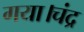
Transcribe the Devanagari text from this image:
गया।चंद्र